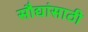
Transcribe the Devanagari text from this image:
सौद्यांसाठी